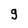
Character: 9